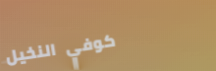
كوفي النخيل